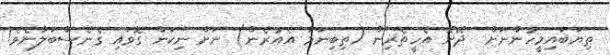
ތިޔަބައިމީހުންނަށް  ދޭނޭ އެހީތެރިން (ތިބިނަމަ އެއުރެން) ނަށް ނިކަން ގޮވައި ގެނެސްބަލާށެވެ!